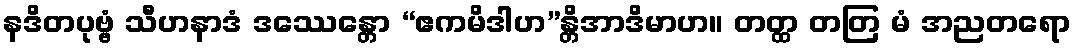
နဒိတပုဗ္ဗံ သီဟနာဒံ ဒဿေန္တော “ဧကမိဒါဟ”န္တိအာဒိမာဟ။ တတ္ထ တတြ မံ အညတရော